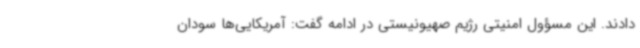
دادند. این مسؤول امنیتی رژیم صهیونیستی در ادامه گفت: آمریکایی‌ها سودان